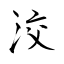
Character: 洨